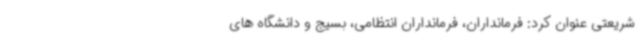
شریعتی عنوان کرد: فرمانداران، فرمانداران انتظامی، بسیج و دانشگاه های